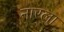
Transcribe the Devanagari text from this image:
नारला